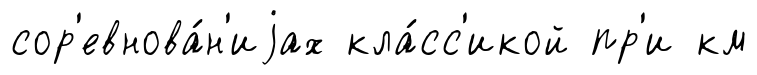
сор'евнова́н'иjах кла́сс'икой пр'и км